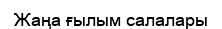
Жаңа ғылым салалары